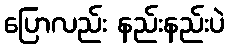
ပြောလည်း နည်းနည်းပဲ